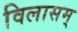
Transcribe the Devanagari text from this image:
विलासम्